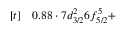
\begin{array} { r l } { [ t ] } & { { } 0 . 8 8 \cdot 7 d _ { 3 / 2 } ^ { 2 } 6 f _ { 5 / 2 } ^ { 5 } + } \end{array}